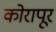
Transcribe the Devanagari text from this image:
कोरापूर